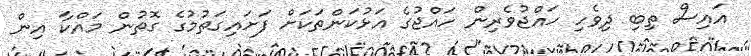
އައިސް ތިބި ދިވެހި ހައްޖުވެރިން ހައްޖުގެ އަޅުކަންތަކަށް ފަށައިގަތުމުގެ ގޮތުން މައްކާ އިން